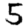
Digit: 5